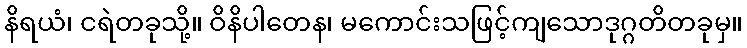
နိရယံ၊ ငရဲတခုသို့။ ဝိနိပါတေန၊ မကောင်းသဖြင့်ကျသောဒုဂ္ဂတိတခုမှ။